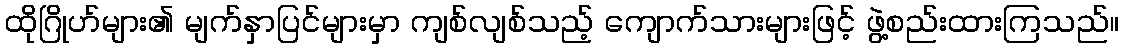
ထိုဂြိုဟ်များ၏ မျက်နှာပြင်များမှာ ကျစ်လျစ်သည့် ကျောက်သားများဖြင့် ဖွဲ့စည်းထားကြသည်။